Civil Veterinary Department ledger series I-VI
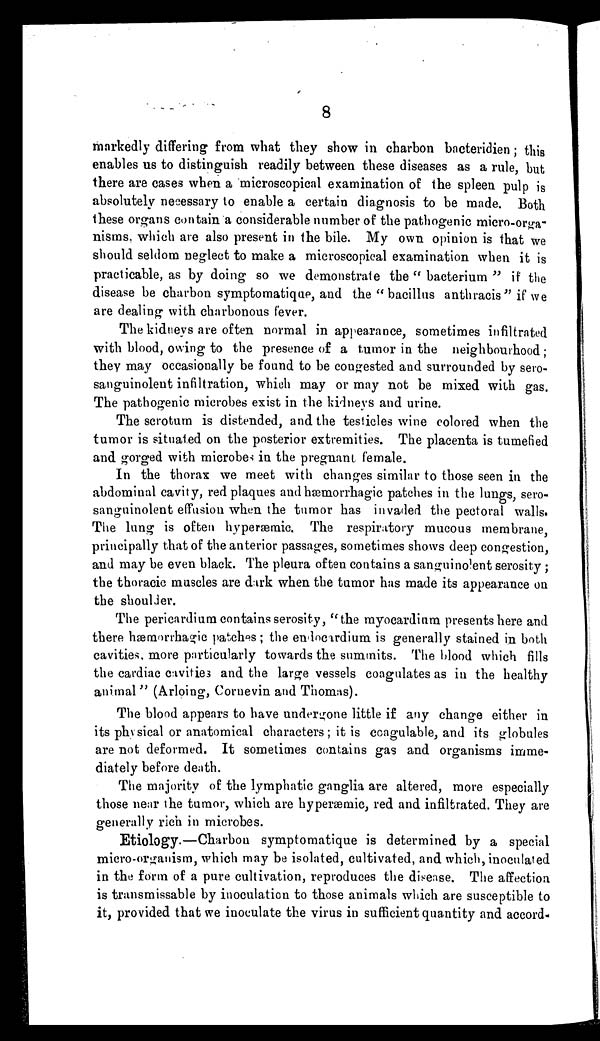
8
markedly differing from what they show in charbon bacteridien; this
enables us to distinguish readily between these diseases as a rule, but
there are cases when a microscopical examination of the spleen pulp is
absolutely necessary to enable a certain diagnosis to be made. Both
these organs contain a considerable number of the pathogenic micro-orga-
nisms, which are also present in the bile. My own opinion is that we
should seldom neglect to make a microscopical examination when it is
practicable, as by doing so we demonstrate the " bacterium " if the
disease be charbon symptomatique, and the " bacillus anthracis " if we
are dealing with charbonous fever.
The kidneys are often normal in appearance, sometimes infiltrated
with blood, owing to the presence of a tumor in the neighbourhood;
they may occasionally be found to be congested and surrounded by sero-
sanguinolent infiltration, which may or may not be mixed with gas.
The pathogenic microbes exist in the kidneys and urine.
The scrotum is distended, and the testicles wine colored when the
tumor is situated on the posterior extremities. The placenta is tumefied
and gorged with microbes in the pregnant female.
In the thorax we meet with changes similar to those seen in the
abdominal cavity, red plaques and hæmorrhagic patches in the lungs, sero-
sanguinolent effusion when the tumor has invaded the pectoral walls.
The lung is often hyperæmic. The respiratory mucous membrane,
principally that of the anterior passages, sometimes shows deep congestion,
and may be even black. The pleura often contains a sanguinolent serosity;
the thoracic muscles are dark when the tumor has made its appearance on
the shoulder.
The pericardium contains serosity, "the myocardium presents here and
there hæmorrhagic patches; the endocardium is generally stained in both
cavities, more particularly towards the summits. The blood which fills
the cardiac cavities and the large vessels coagulates as in the healthy
animal" (Arloing, Cornevin and Thomas).
The blood appears to have undergone little if any change either in
its physical or anatomical characters; it is ccagulable, and its globules
are not deformed. It sometimes contains gas and organisms imme-
diately before death.
The majority of the lymphatic ganglia are altered, more especially
those near the tumor, which are hyperæmic, red and infiltrated. They are
generally rich in microbes.
Etiology—Charbon symptomatique is determined by a special
micro-organism, which may be isolated, cultivated, and which, inoculated
in the form of a pure cultivation, reproduces the disease. The affection
is transmissable by inoculation to those animals which are susceptible to
it, provided that we inoculate the virus in sufficient quantity and accord-